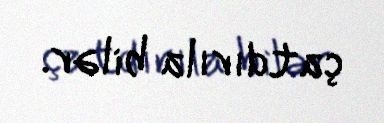
çatdırıla bilər.